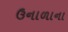
ઉનાળાના